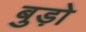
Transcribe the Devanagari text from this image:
बुड़ो